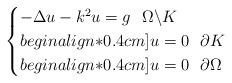
LaTeX: \begin{align*}\begin{cases}-\Delta u -k^2 u=g\,\,\,\,\Omega\backslash K\\begin{align*}0.4cm]u=0\,\,\,\,\partial K\\begin{align*}0.4cm]u=0\,\,\,\,\partial\Omega\end{cases}\end{align*}